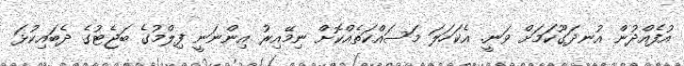
އުފެއްދުން އުނދަގޫކަމަށް ވަނީ. އެކަހަލަ މަސައްކަތެއްކޮށް ނިމޭއިރު އިންނަނީ ފިލްމުގެ ބަޖެޓުގެ ދެބައިކުޅަ